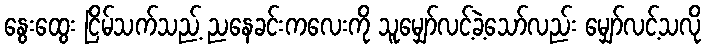
နွေးထွေး ငြိမ်သက်သည့် ညနေခင်းကလေးကို သူမျှော်လင့်ခဲ့သော်လည်း မျှော်လင့်သလို